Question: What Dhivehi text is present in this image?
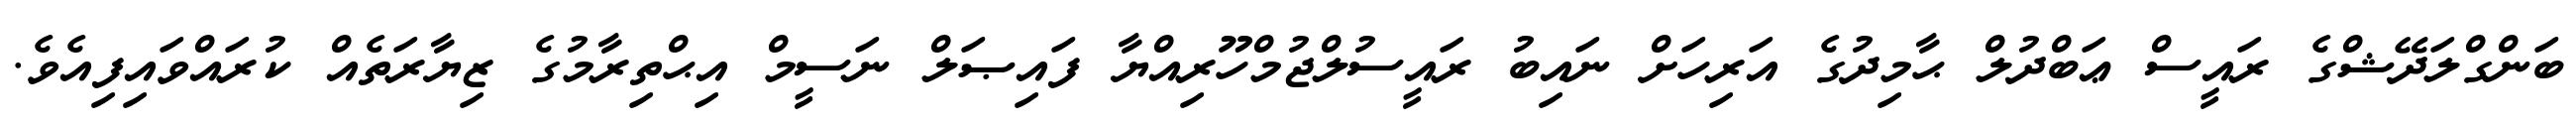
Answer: ބަންގްލަދޭޝްގެ ރައީސް ޢަބްދުލް ޙާމިދުގެ އަރިހަށް ނައިބު ރައީސުލްޖުމްހޫރިއްޔާ ފައިޞަލް ނަސީމް އިޙްތިރާމުގެ ޒިޔާރަތެއް ކުރައްވައިފިއެވެ.